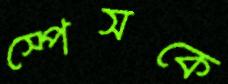
স্পেসকে